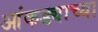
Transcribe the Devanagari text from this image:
आंकड्याच्या